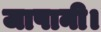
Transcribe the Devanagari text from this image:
जापानी।